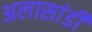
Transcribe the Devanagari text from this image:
अलासांडी